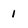
Character: 1